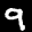
Label: 9